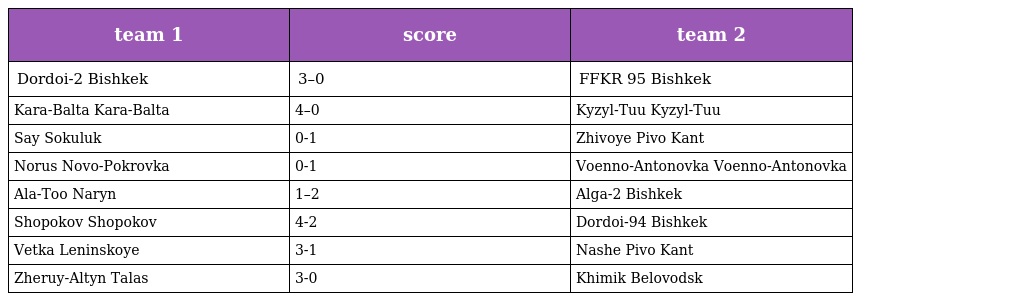
| team 1 | score | team 2 |
 | --- | --- | --- |
 | Dordoi-2 Bishkek | 3–0 | FFKR 95 Bishkek |
 | Kara-Balta Kara-Balta | 4–0 | Kyzyl-Tuu Kyzyl-Tuu |
 | Say Sokuluk | 0-1 | Zhivoye Pivo Kant |
 | Norus Novo-Pokrovka | 0-1 | Voenno-Antonovka Voenno-Antonovka |
 | Ala-Too Naryn | 1–2 | Alga-2 Bishkek |
 | Shopokov Shopokov | 4-2 | Dordoi-94 Bishkek |
 | Vetka Leninskoye | 3-1 | Nashe Pivo Kant |
 | Zheruy-Altyn Talas | 3-0 | Khimik Belovodsk |